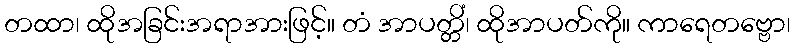
တထာ၊ ထိုအခြင်းအရာအားဖြင့်။ တံ အာပတ္တိံ၊ ထိုအာပတ်ကို။ ကာရေတဗ္ဗော၊